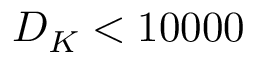
D _ { K } < 1 0 0 0 0